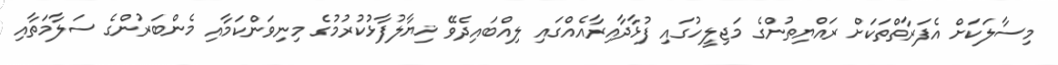
މިސާލަކަށް އެފަރާތްތަކަށް ރައްޔިތުންގެ މަޖިލީހުގައި ފުޅާދާއިރާއެއްގައި ލިއްބައިދެވޭ ޚިޔާލުފާޅުކުރުމުގެ މިނިވަންކަމާއި މެންބަރުންގެ ސަލާމަތާއި